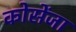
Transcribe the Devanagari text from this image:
कोसेंजा